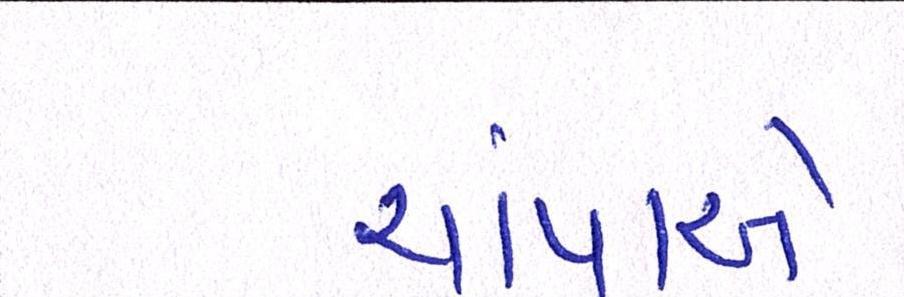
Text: ચાંપાએ